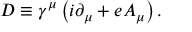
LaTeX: D \equiv \gamma ^ { \mu } \left( i \partial _ { \mu } + e A _ { \mu } \right) .